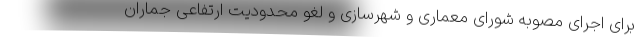
برای اجرای مصوبه شورای معماری و شهرسازی و لغو محدودیت ارتفاعی جماران